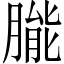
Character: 𬂌